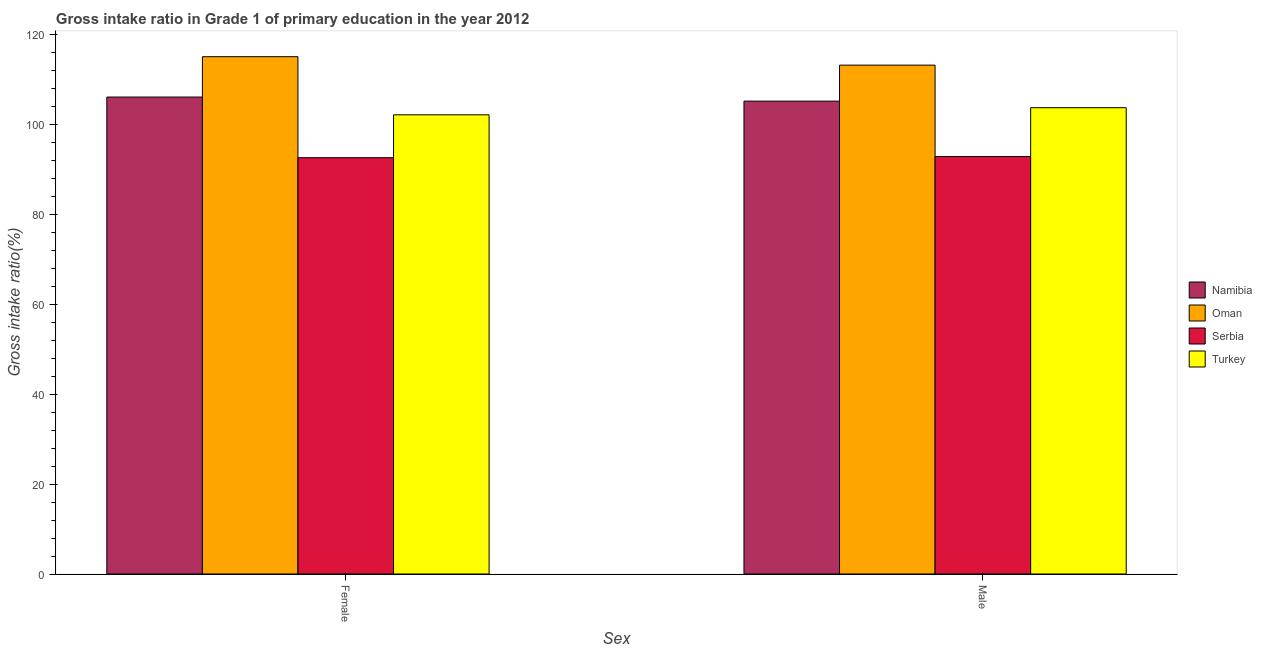
| Sex | Namibia | Oman | Serbia | Turkey |
 | --- | --- | --- | --- | --- |
 | Female | 106 | 115 | 92.6 | 102 |
 | Male | 105 | 113 | 92.9 | 104 |